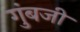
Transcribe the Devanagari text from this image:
गुंबजी